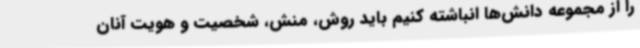
را از مجموعه دانش‌ها انباشته کنیم باید روش، منش، شخصیت و هویت آنان